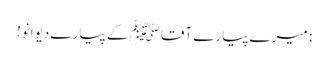
: میرے پیارے آقا ﷺ کے پیارے دیوانو!